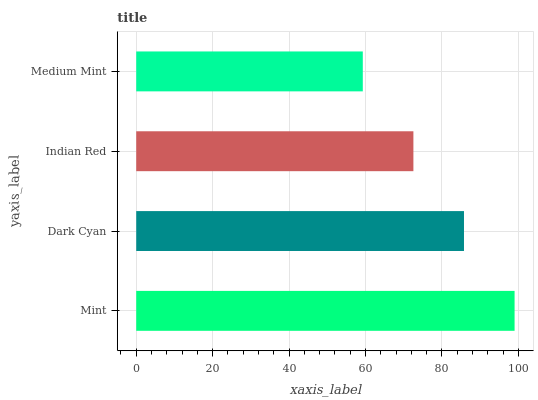
| yaxis_label | bars |
 | --- | --- |
 | Mint | 99 |
 | Dark Cyan | 85.8 |
 | Indian Red | 72.5 |
 | Medium Mint | 59.3 |